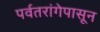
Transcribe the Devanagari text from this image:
पर्वतरांगेपासून